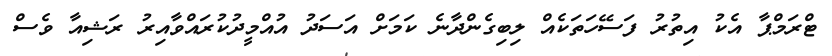
ޓްރަމްޕާ އެކު އިތުރު ފަސޭހަތަކެއް ލިބިގެންދާނެ ކަމަށް އަސަދު އުއްމީދުކުރައްވާއިރު ރަޝިއާ ވެސް